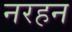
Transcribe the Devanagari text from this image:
नरहन